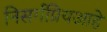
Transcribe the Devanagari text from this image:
निसर्गप्रियआहे